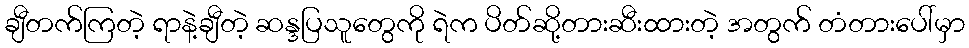
ချီတက်ကြတဲ့ ရာနဲ့ချီတဲ့ ဆန္ဒပြသူတွေကို ရဲက ပိတ်ဆို့တားဆီးထားတဲ့ အတွက် တံတားပေါ်မှာ